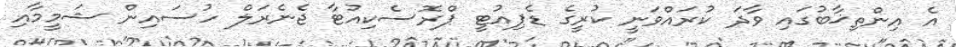
އެ އިންތިޚާބުގައި ވާދަ ކުރައްވަނީ ކުރީގެ ޑެޕިއުޓީ ޕްރޮސެކިއުޓާ ޖެނެރަލް ހުސައިން ޝަމީމާއި